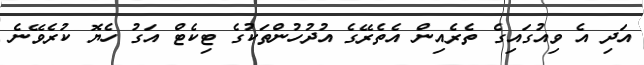
އަދި އެ ވިއުގައިގެ ތެރެއިން އެތެރޭގެ އުދުހުންތަކުގެ ޓިކެޓް އަގު ހެޔޮ ކުރެވޭނެ